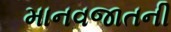
માનવજાતની